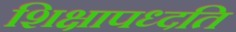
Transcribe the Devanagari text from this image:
शिक्षापध्दति